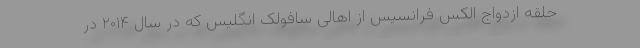
حلقه ازدواج الکس فرانسیس از اهالی سافولک انگلیس که در سال ۲۰۱۴ در